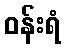
ဝန်းရံ